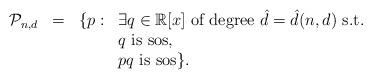
LaTeX: \begin{align*}\begin{array}{llll}\mathcal{P}_{n,d}&=&\{p:& \exists q\in\mathbb{R}[x] \ \mbox{of degree}\ \hat{d}=\hat{d}(n,d)\ \mbox{s.t.} \\ \ &\ &\ & q \ \mbox{is sos,} \\ \ &\ & \ & pq \ \mbox{is sos} \}.\end{array}\end{align*}